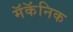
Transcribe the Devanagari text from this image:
मॅकॅनिक